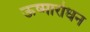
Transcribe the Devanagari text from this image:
ऊष्मारोधन